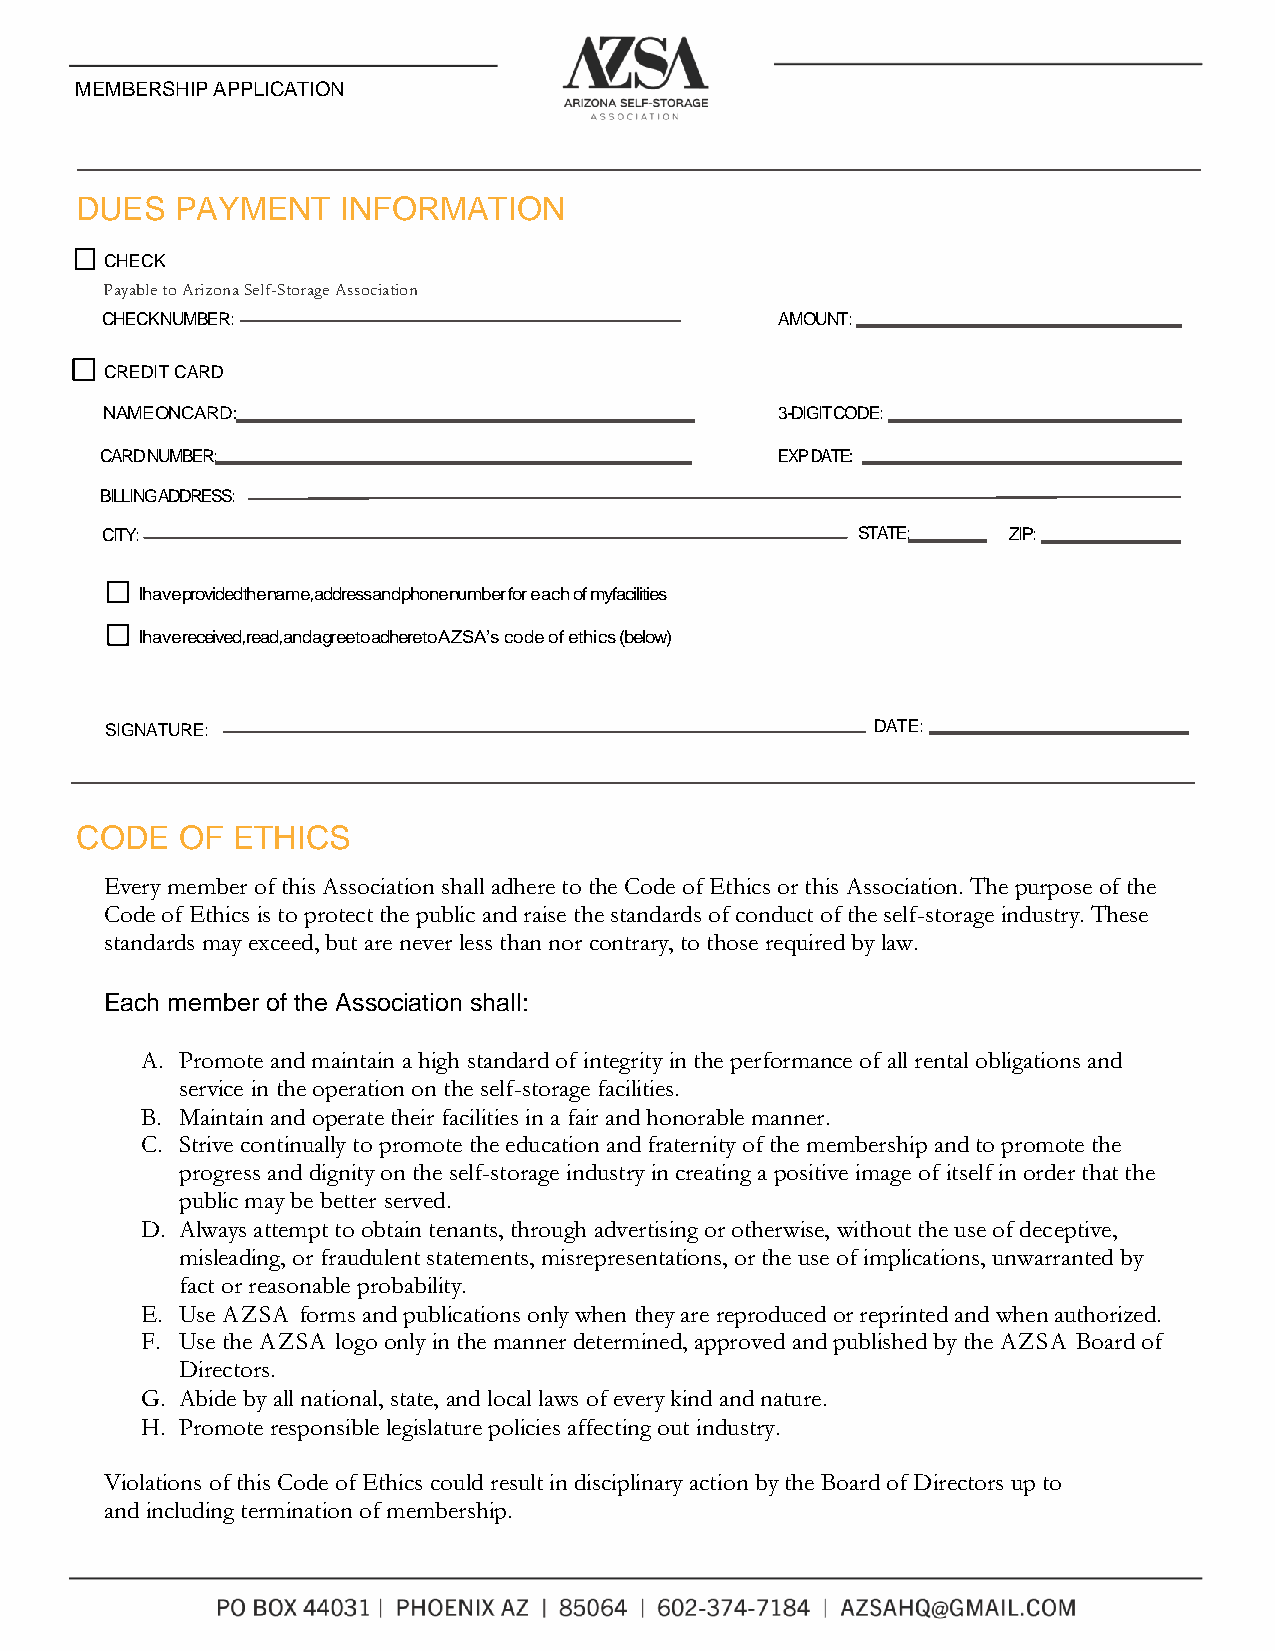
MEMBERSHIP APPLICATION
 DUES   PAYMENT    INFORMATION
 CHECK
 Payable to Arizona Self-Storage Association
 CHECK NUMBER:                                AMOUNT:
 CREDIT CARD
 NAME ONCARD:                                 3-DIGIT CODE:
 CARD NUMBER:                                 EXP DATE:
 BILLING ADDRESS:
 CITY:                                             STATE:    ZIP:
 Ihave provided the name, address and phone number for each of myfacilities
 Ihave received, read, and agree to adhere to AZSA’s code of ethics (below)
 SIGNATURE:                                         DATE:
 CODE   OF ETHICS
 Every member of this Association shall adhere to the Code of Ethics or this Association. The purpose of the
 Code of Ethics is to protect the public and raise the standards of conduct of the self-storage industry. These
 standards may exceed, but are never less than nor contrary, to those required by law.
 Each member of the Association shall:
 A. Promote and maintain a high standard of integrity in the performance of all rental obligations and
 service in the operation on the self-storage facilities.
 B. Maintain and operate their facilities in a fair and honorable manner.
 C. Strive continually to promote the education and fraternity of the membership and to promote the
 progress and dignity on the self-storage industry in creating a positive image of itself in order that the
 public may be better served.
 D. Always attempt to obtain tenants, through advertising or otherwise, without the use of deceptive,
 misleading, or fraudulent statements, misrepresentations, or the use of implications, unwarranted by
 fact or reasonable probability.
 E. Use AZSA forms and publications only when they are reproduced or reprinted and when authorized.
 F. Use the AZSA logo only in the manner determined, approved and published by the AZSA Board of
 Directors.
 G. Abide by all national, state, and local laws of every kind and nature.
 H. Promote responsible legislature policies affecting out industry.
 Violations of this Code of Ethics could result in disciplinary action by the Board of Directors up to
 and including termination of membership.